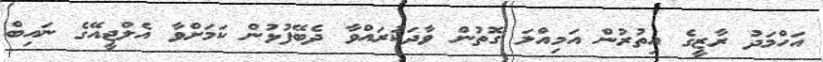
އަހްމަދު ރާޒީގެ އިތުރުން އަމިއްލަ ގޮތުން ވާދަކުރައްވާ ދެބޭފުޅުން ކަމަށްވާ އެލްޖީއޭގެ ނައިބް